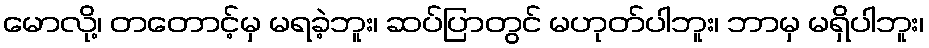
မောလို့၊ တတောင့်မှ မရခဲ့ဘူး၊ ဆပ်ပြာတွင် မဟုတ်ပါဘူး၊ ဘာမှ မရှိပါဘူး၊